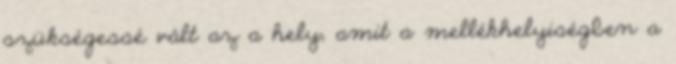
szükségessé vált az a hely, amit a mellékhelyiségben a